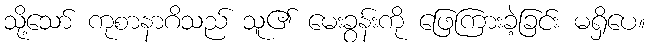
သို့သော် ကုစာနာဂိသည် သူ၏ မေးခွန်းကို ဖြေကြားခဲ့ခြင်း မရှိပေ။